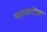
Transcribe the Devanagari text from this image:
पराशरोक्त